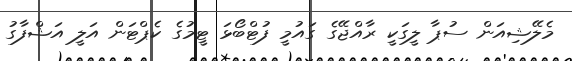
މެލޭޝިއަން ސުޕާ ލީގަކީ ރާއްޖޭގެ ގައުމީ ފުޓްބޯޅަ ޓީމުގެ ކެޕްޓަން އަލީ އަޝްފާގު